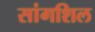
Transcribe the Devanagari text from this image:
सांगशिल